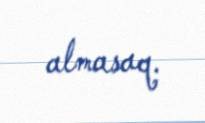
almasaq.